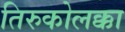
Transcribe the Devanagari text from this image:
तिरुकोलक्का